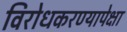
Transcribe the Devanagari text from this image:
विरोधकरण्यापेक्षा